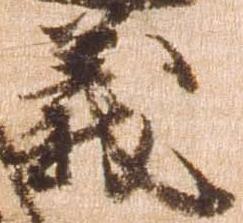
義